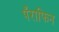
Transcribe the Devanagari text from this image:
पँराफिन